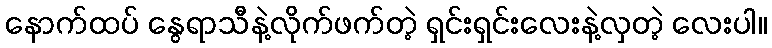
နောက်ထပ် နွေရာသီနဲ့လိုက်ဖက်တဲ့ ရှင်းရှင်းလေးနဲ့လှတဲ့ လေးပါ။